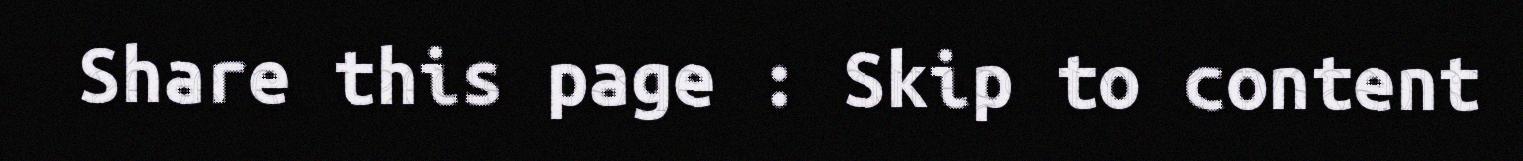
Share this page : Skip to content